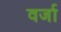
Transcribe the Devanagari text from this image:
वर्जा